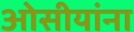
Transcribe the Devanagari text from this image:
ओसीयांना